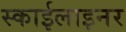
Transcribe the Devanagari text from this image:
स्काईलाइनर